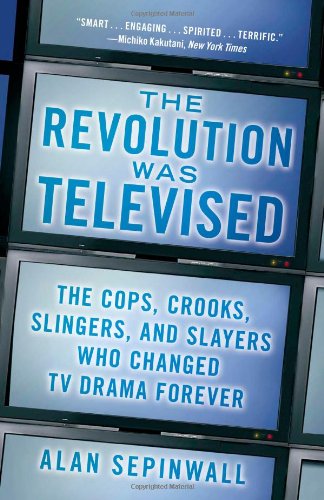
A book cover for The Revolution Was Televised: The Cops, Crooks, Slingers, and Slayers Who Changed TV Drama Forever; Alan Sepinwall; Humor & Entertainment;